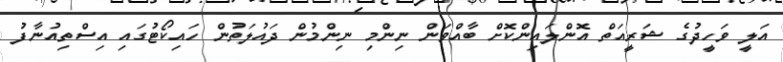
އަލީ ވަހީދުގެ ޝަރީއަތް އޮންލައިންކޮށް ބާއްވަން ނިންމި ނިންމުން ދައުލަތުން ހައިކޯޓުގައި އިސްތިއުނާފު